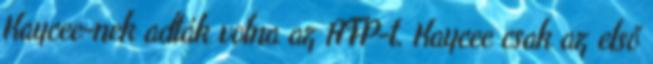
Kaycee-nek adták volna az AFP-t. Kaycee csak az első